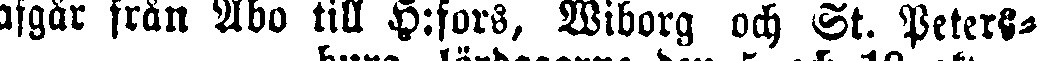
afgår från Åbo till H:fors, Wiborg och St. Peters-